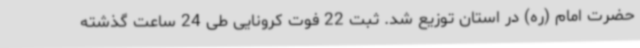
حضرت امام (ره) در استان توزیع شد. ثبت 22 فوت کرونایی طی 24 ساعت گذشته